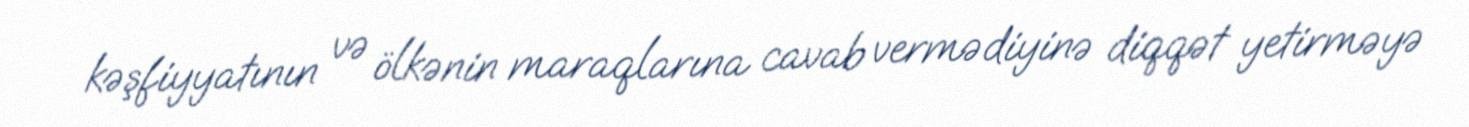
kəşfiyyatının və ölkənin maraqlarına cavab vermədiyinə diqqət yetirməyə